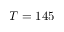
T = 1 4 5